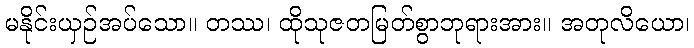
မနိုင်းယှဉ်အပ်သော။ တဿ၊ ထိုသုဇတမြတ်စွာဘုရားအား။ အတုလိယော၊